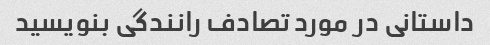
داستانی در مورد تصادف رانندگی بنویسید